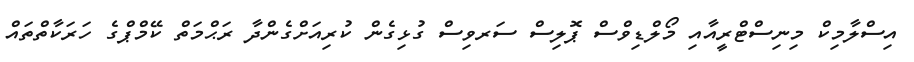
އިސްލާމިކް މިނިސްޓްރީއާއި މޯލްޑިވްސް ޕޮލިސް ސަރވިސް ގުޅިގެން ކުރިއަށްގެންދާ ރަޙްމަތް ކޭމްޕްގެ ހަރަކާތްތައް